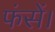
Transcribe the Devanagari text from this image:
फंसें।